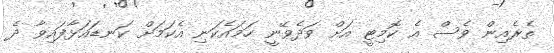
ތެރެއިން ވެސް އެ ކޮމިޓީ އަށް ވަދެވޭނީ ހަމައެކަނި އެކަމަށް ކަނޑައަޅާފައިވާ ދެ